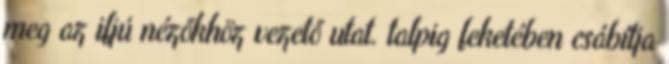
meg az ifjú nézőkhöz vezető utat. talpig feketében csábítja